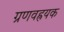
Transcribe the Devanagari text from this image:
ग्रणवह्रयक